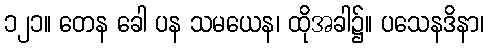
၁၂၁။ တေန ခေါ ပန သမယေန၊ ထိုအခါ၌။ ပသေနဒိနာ၊